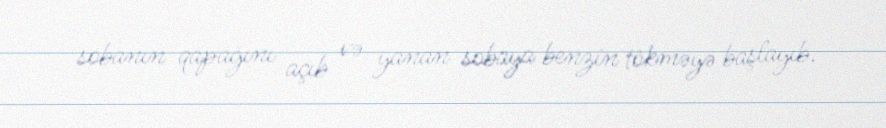
sobanın qapağını açıb və yanan sobaya benzin tökməyə başlayıb.